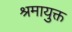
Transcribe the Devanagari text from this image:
श्रमायुक्त